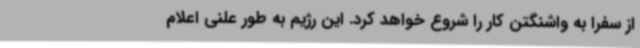
از سفرا به واشنگتن کار را شروع خواهد کرد. این رژیم به طور علنی اعلام